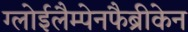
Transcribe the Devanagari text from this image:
ग्लोईलैम्पेनफैब्रीकेन